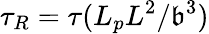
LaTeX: \tau_{R}=\tau(L_{p}L^{2}/\mathfrak{b}^{3})